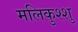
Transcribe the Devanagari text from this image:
मलिकुश्शु